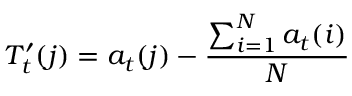
T _ { t } ^ { \prime } ( j ) = a _ { t } ( j ) - \frac { \sum _ { i = 1 } ^ { N } a _ { t } ( i ) } { N }